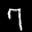
Label: 7